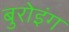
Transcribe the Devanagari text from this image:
बुरोइंग